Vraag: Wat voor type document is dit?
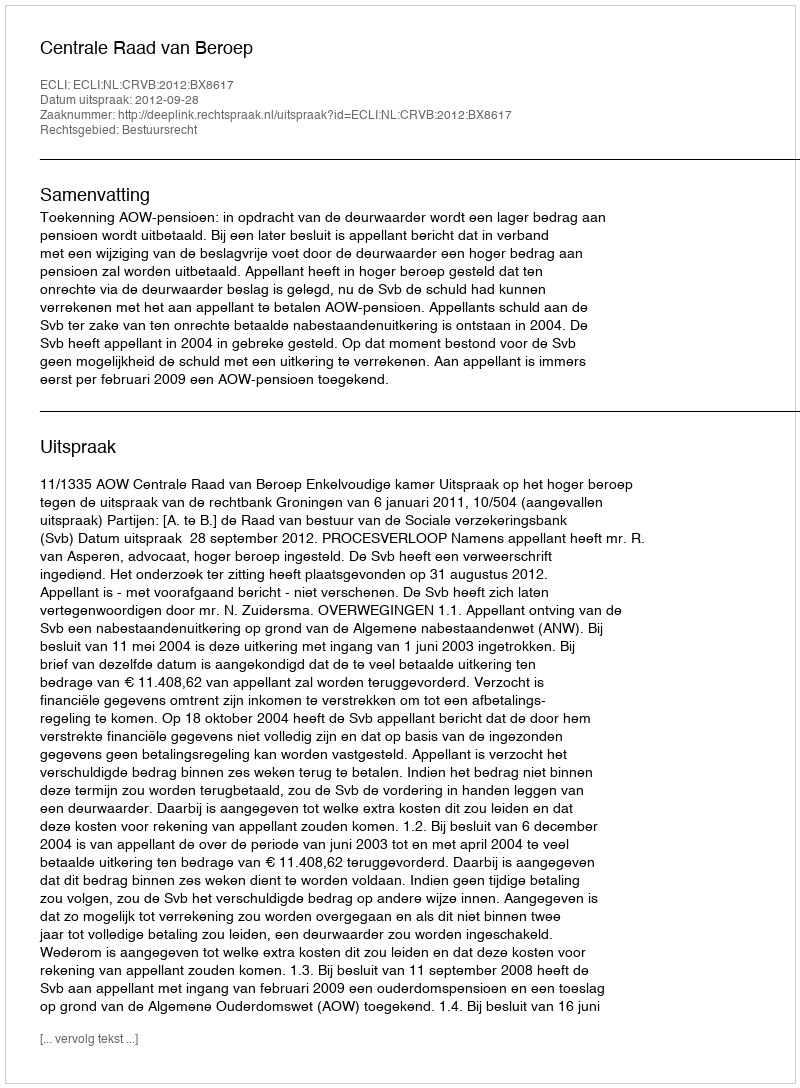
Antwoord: Uitspraak